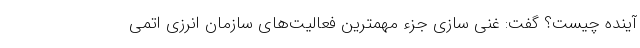
آینده چیست؟ گفت: غنی سازی جزء مهمترین فعالیت‌های سازمان انرزی اتمی